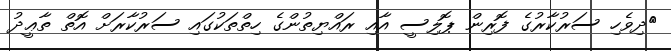
ދިވެހި ސަރުކާރުގެ ފޮރިން ޕޮލިސީ އާއި ރައްޔިތުންގެ ހިތްތަކުގައި ސަރުކާރަށް އޮތް ތާޢީދު